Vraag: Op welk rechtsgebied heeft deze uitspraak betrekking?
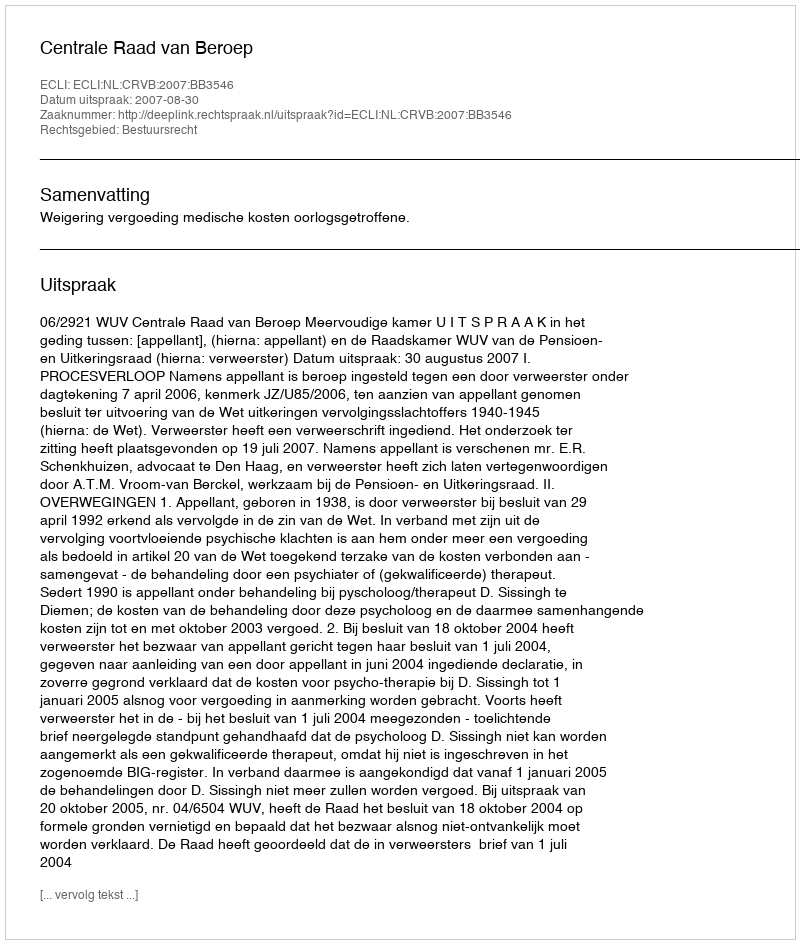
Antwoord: Bestuursrecht